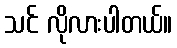
သင် လိုလားပါတယ်။